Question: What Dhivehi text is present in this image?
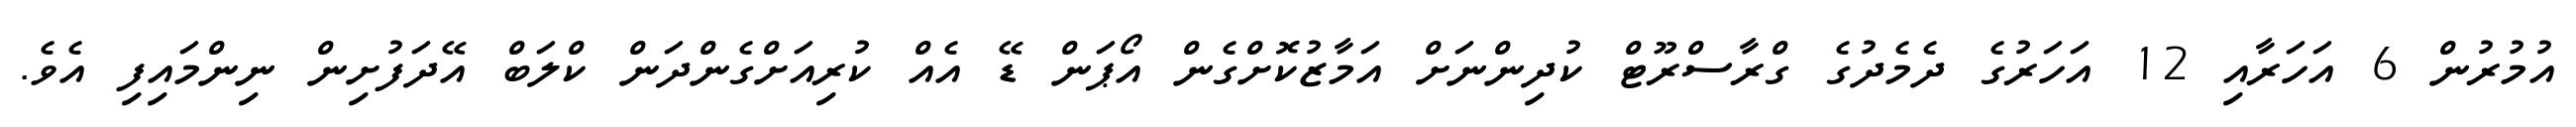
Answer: އުމުރުން 6 އަހަރާއި 12 އަހަރުގެ ދެމެދުގެ ގްރާސްރޫޓް ކުދިންނަށް އަމާޒުކޮށްގެން އޯޕަން ޑޭ އެއް ކުރިއަށްގެންދަން ކްލަބް އޭދަފުށިން ނިންމައިފި އެވެ.